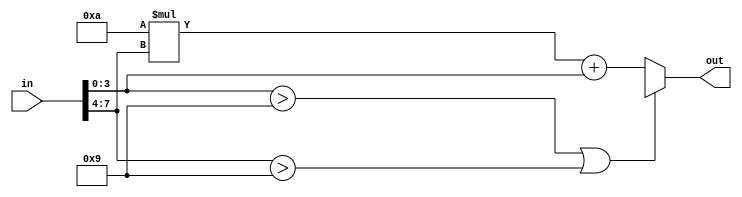
module BCD_to_binary(in,out);
input [7:0]in;
output reg[6:0]out;
reg [3:0]a,b;

always @(in) begin
	a=in[3:0];
	b=in[7:4];
	if (a>9||b>9) out = 7'bx;
	else out = 10*b + a;
	end
endmodule